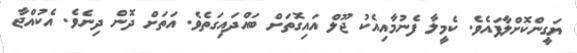
ޔަގީންކޮށްލާފައެވެ. ކެމީލާ ފެނުމާއިއެކު ޖޫލް އައިގޮތަށް ބައްދައިގަތެވެ. އަތަށް ދޮން ދިނެވެ. އެކުއްޖާ